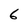
Character: 6